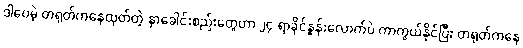
ဒါပေမဲ့ တရုတ်ကနေထုတ်တဲ့ နှာခေါင်းစည်းတွေဟာ ၂၄ ရာခိုင်နှုန်းလောက်ပဲ ကာကွယ်နိုင်ပြီး တရုတ်ကနေ